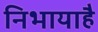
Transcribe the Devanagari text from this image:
निभायाहै